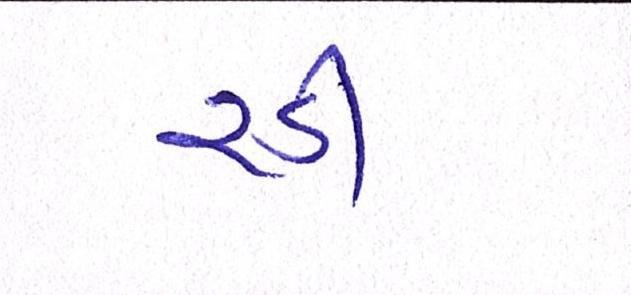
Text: રડી